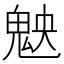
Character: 𩲴